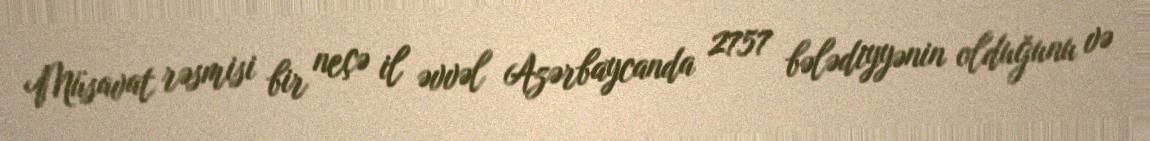
Müsavat rəsmisi bir neçə il əvvəl Azərbaycanda 2757 bələdiyyənin olduğunu və